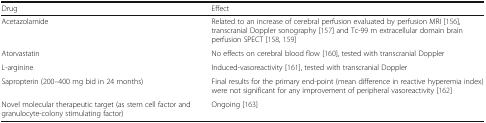
<table><thead><tr><td><b>Drug</b></td><td><b>Effect</b></td></tr></thead><tbody><tr><td>Acetazolamide</td><td>Related to an increase of cerebral perfusion evaluated by perfusion MRI [156], transcranial Doppler sonography [157] and Tc-99 m extracellular domain brain perfusion SPECT [158, 159]</td></tr><tr><td>Atorvastatin</td><td>No effects on cerebral blood flow [160], tested with transcranial Doppler</td></tr><tr><td>L-arginine</td><td>Induced-vasoreactivity [161], tested with transcranial Doppler</td></tr><tr><td>Sapropterin (200–400 mg bid in 24 months)</td><td>Final results for the primary end-point (mean difference in reactive hyperemia index) were not significant for any improvement of peripheral vasoreactivity [162]</td></tr><tr><td>Novel molecular therapeutic target (as stem cell factor and granulocyte-colony stimulating factor)</td><td>Ongoing [163]</td></tr></tbody></table>